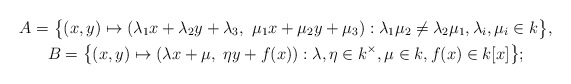
\begin{gather*}A = \big\{(x,y) \mapsto (\lambda_1 x + \lambda_2 y + \lambda_3,\ \mu_1 x + \mu_2 y + \mu_3) : \lambda_1\mu_2 \neq \lambda_2\mu_1, \lambda_i,\mu_i \in k\big\},\\B = \big\{(x,y) \mapsto (\lambda x + \mu,\ \eta y + f(x)) : \lambda, \eta \in k^{\times}, \mu \in k, f(x) \in k[x]\big\};\end{gather*}